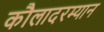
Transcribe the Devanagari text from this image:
कौलादरम्यान